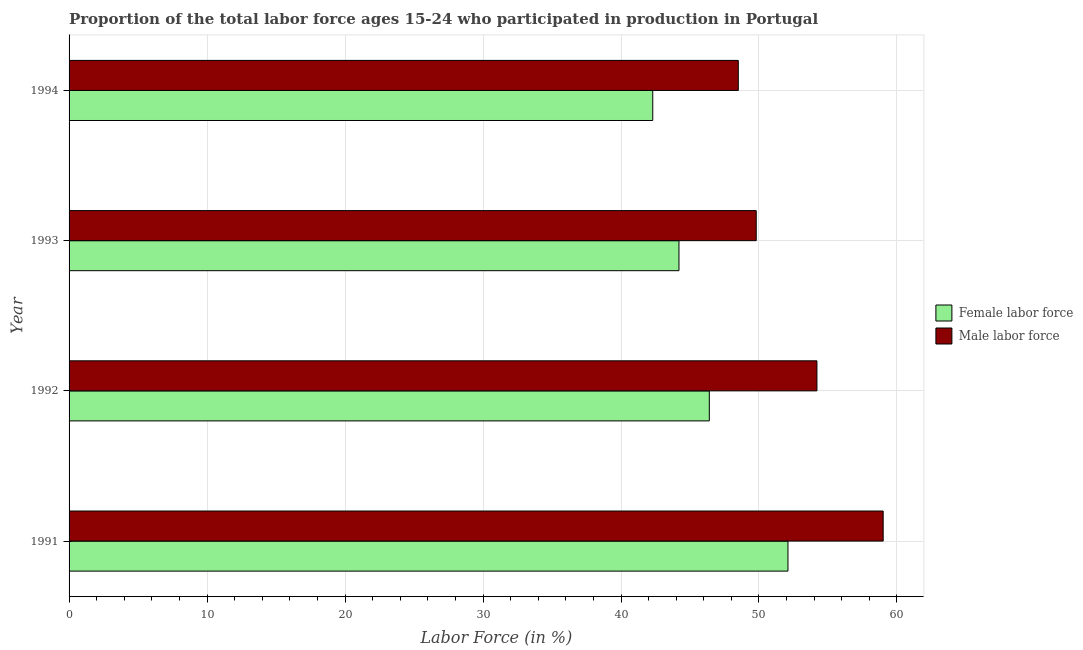
| Year | Female labor force | Male labor force |
 | --- | --- | --- |
 | 1991 | 52.1 | 59 |
 | 1992 | 46.4 | 54.2 |
 | 1993 | 44.2 | 49.8 |
 | 1994 | 42.3 | 48.5 |